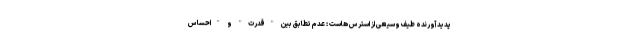
پدید آورنده طیف وسیعی از استرس هاست : عدم تطابق بین "قدرت" و "احساس